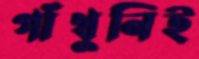
গাঁথুনিই